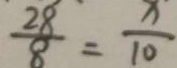
\frac { 2 8 } { 8 } = \frac { x } { 1 0 }